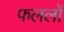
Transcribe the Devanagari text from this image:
फललों